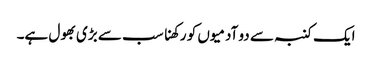
ایک کنبہ سے دو آدمیوں کو رکھنا سب سے بڑی بھول ہے۔